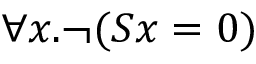
\forall x . \lnot ( S x = 0 )